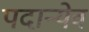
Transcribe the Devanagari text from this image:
पदान्येव